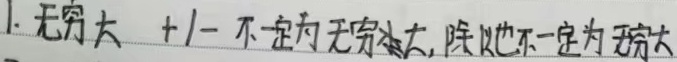
1. 无穷大 $\pm1$ 不一定为无穷大，除 $1$ 也不一定为无穷大